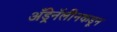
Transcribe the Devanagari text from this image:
अँड्रेनॅलीनकडून